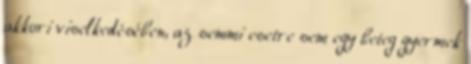
akkori viselkedésében, az semmi esetre sem egy beteg gyermek